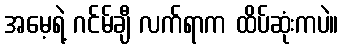
အမေ့ရဲ့ ဂင်မ်ချီ လက်ရာက ထိပ်ဆုံးကပဲ။